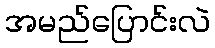
အမည်ပြောင်းလဲ